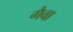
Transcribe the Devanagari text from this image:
गैवा